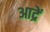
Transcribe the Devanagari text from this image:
आद्रें